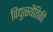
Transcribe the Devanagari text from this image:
विद्युत्स्थैतिकी